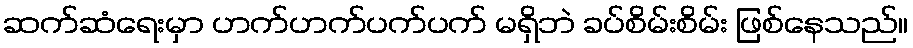
ဆက်ဆံရေးမှာ ဟက်ဟက်ပက်ပက် မရှိဘဲ ခပ်စိမ်းစိမ်း ဖြစ်နေသည်။